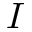
I